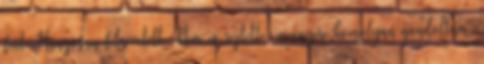
fiút. Hangosan felnevetett. Nem is sejtette, mennyire komolyan gondoltam.